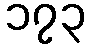
၁၇၃